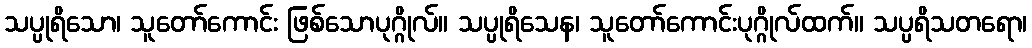
သပ္ပုရိသော၊ သူတော်ကောင်း ဖြစ်သောပုဂ္ဂိုလ်။ သပ္ပုရိသေန၊ သူတော်ကောင်းပုဂ္ဂိုလ်ထက်။ သပ္ပရိသတရော၊